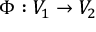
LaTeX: \Phi : V _ { 1 } \to V _ { 2 }